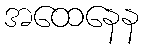
အထေနေန